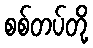
စစ်တပ်တို့